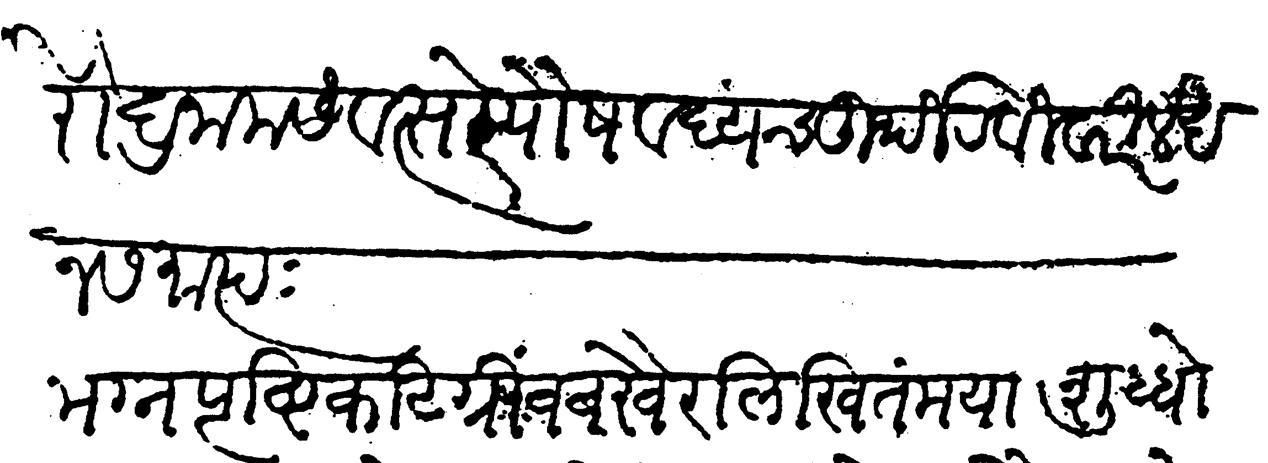
Transliteration (Devanagari): रौद्र नाम संवत्सरे पौष वद्य चतुर्थी रविवारी लेखन समाप्त भग्न पृष्टि करिग्रीवं बखैर लिखितं मया